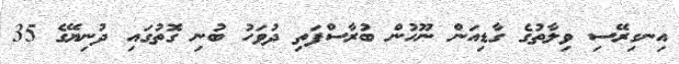
އިނގިރޭސި ވިލާތުގެ ގާޑިއަން ނޫހުން ބުރާސްފަތި ދުވަހު ބުނި ގޮތުގައި ދުނިޔޭގެ 35